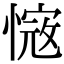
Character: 𢟭